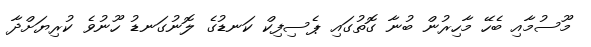
މޫސުމާއި ބެހޭ މާހިރުން ބުނާ ގޮތުގައި ޕެސިފިކް ކަނޑުގެ ލޮނުގަނޑު ހޫނުވެ ކުރިޔަށްދާ